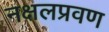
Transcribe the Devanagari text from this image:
नक्षलप्रवण